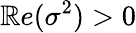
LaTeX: {\cal\mathbb{R}}e(\sigma^{2})>0